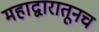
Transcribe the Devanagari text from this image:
महाद्वारातूनच